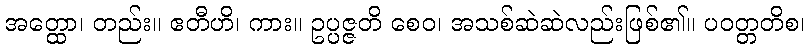
အတ္ထော၊ တည်း။ ဧတီဟိ၊ ကား။ ဥပ္ပဇ္ဇတိ စေဝ၊ အသစ်ဆဲဆဲလည်းဖြစ်၏။ ပဝတ္တတိစ၊